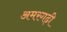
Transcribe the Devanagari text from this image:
अमरगढ़ी